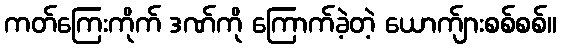
ကတ်ကြေးကိုက် ဒဏ်ကို ကြောက်ခဲ့တဲ့ ယောက်ျားစစ်စစ်။